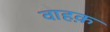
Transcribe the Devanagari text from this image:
वाहक़